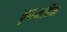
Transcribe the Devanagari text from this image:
धृतमहिम